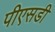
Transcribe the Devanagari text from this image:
पीएसडी